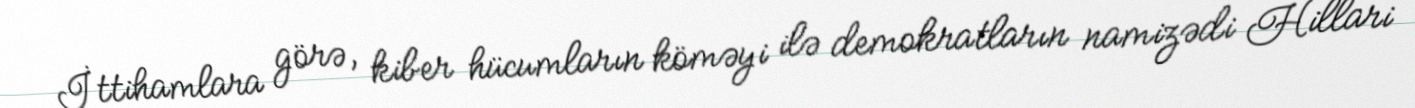
İttihamlara görə, kiber hücumların köməyi ilə demokratların namizədi Hillari